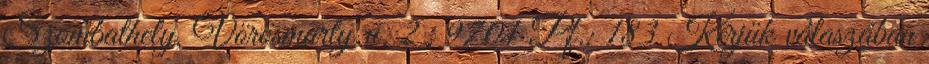
Szombathely, Vörösmarty u. 2., 9701 Pf.: 183 Kérjük válaszában